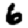
Digit: 6